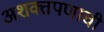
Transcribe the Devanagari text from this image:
अशक्तपणाची